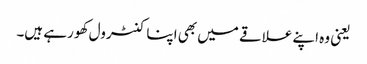
یعنی وہ اپنے علاقے میں بھی اپنا کنٹرول کھو رہے ہیں۔